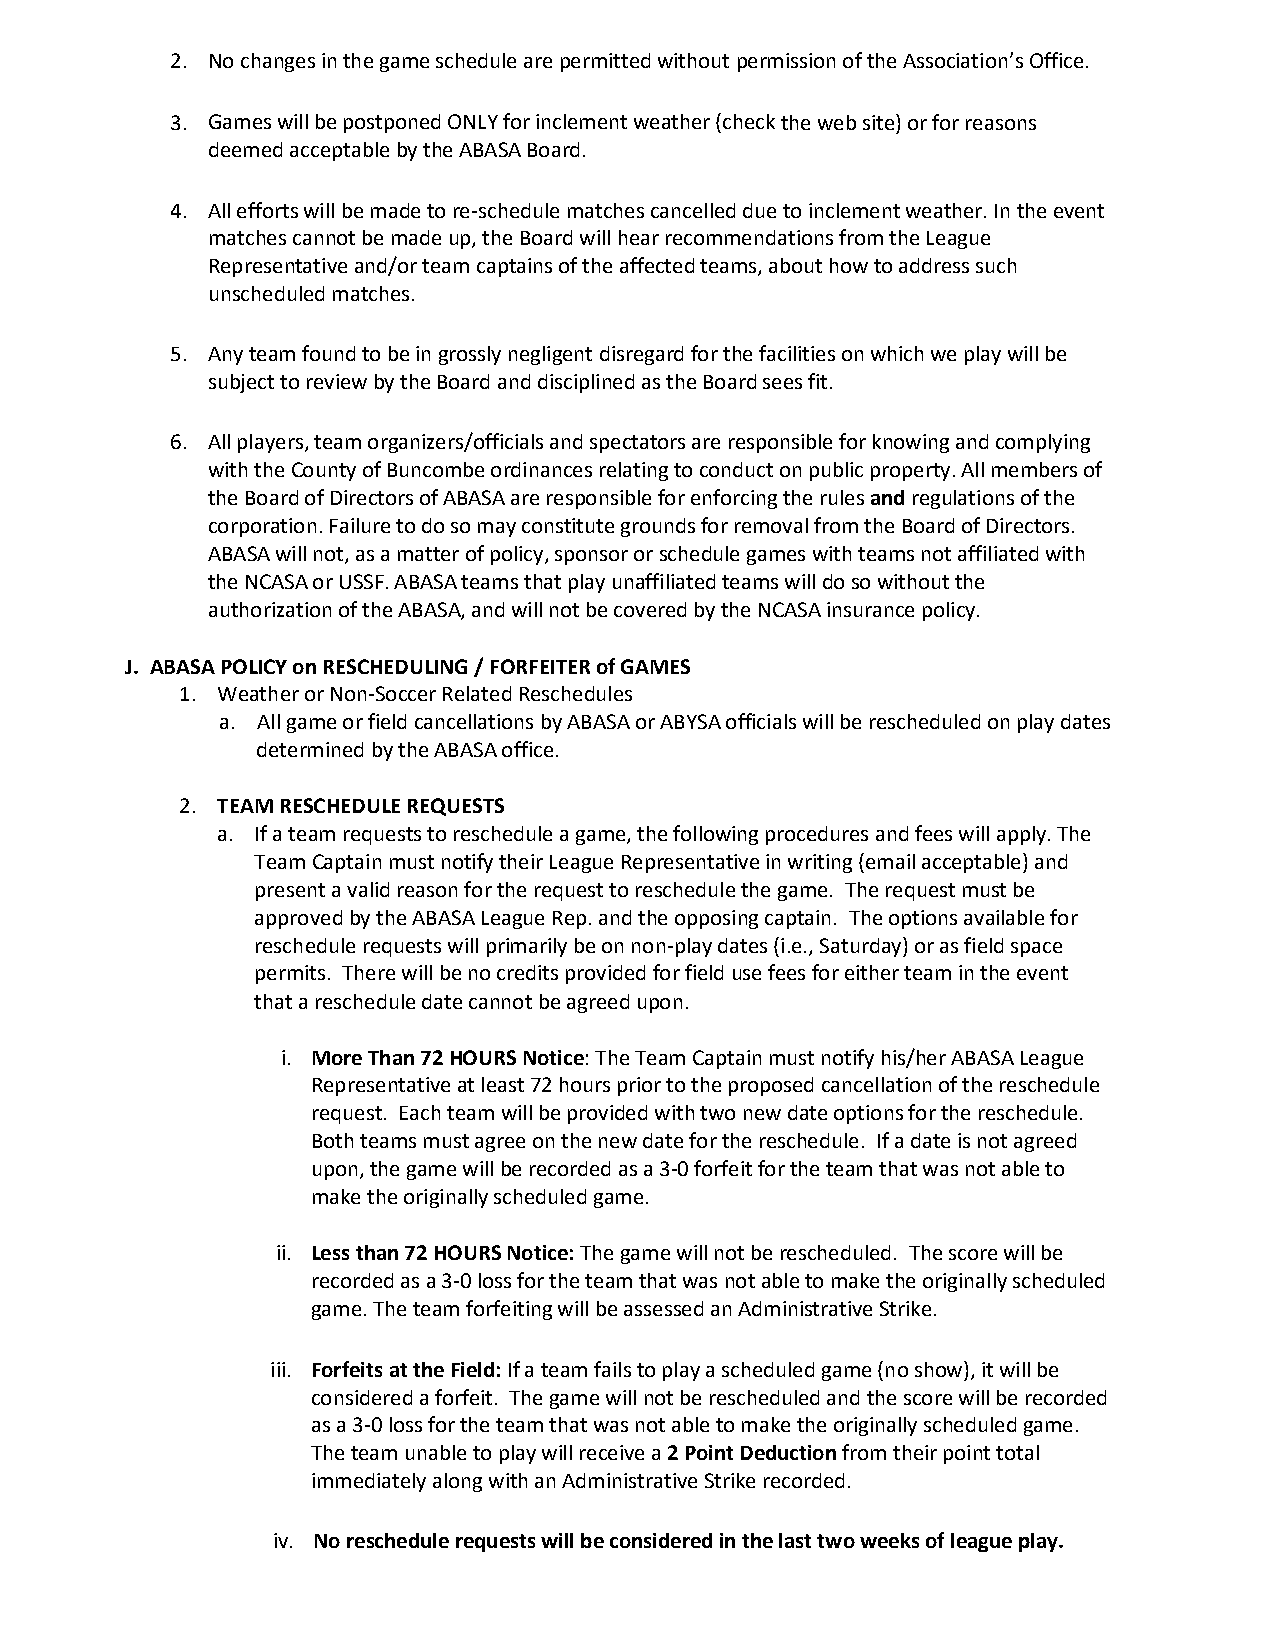
2. No changes in the game schedule are permitted without permission of the Association’s Office.
 3. Games will be postponed ONLY for inclement weather (check the web site) or for reasons
 deemed acceptable by the ABASA Board.
 4. All efforts will be made to re-schedule matches cancelled due to inclement weather. In the event
 matches cannot be made up, the Board will hear recommendations from the League
 Representative and/or team captains of the affected teams, about how to address such
 unscheduled matches.
 5. Any team found to be in grossly negligent disregard for the facilities on which we play will be
 subject to review by the Board and disciplined as the Board sees fit.
 6. All players, team organizers/officials and spectators are responsible for knowing and complying
 with the County of Buncombe ordinances relating to conduct on public property. All members of
 the Board of Directors of ABASA are responsible for enforcing the rules and regulations of the
 corporation. Failure to do so may constitute grounds for removal from the Board of Directors.
 ABASA will not, as a matter of policy, sponsor or schedule games with teams not affiliated with
 the NCASA or USSF. ABASA teams that play unaffiliated teams will do so without the
 authorization of the ABASA, and will not be covered by the NCASA insurance policy.
 J. ABASA POLICY on RESCHEDULING / FORFEITER of GAMES
 1. Weather or Non-Soccer Related Reschedules
 a. All game or field cancellations by ABASA or ABYSA officials will be rescheduled on play dates
 determined by the ABASA office.
 2. TEAM RESCHEDULE REQUESTS
 a. If a team requests to reschedule a game, the following procedures and fees will apply. The
 Team Captain must notify their League Representative in writing (email acceptable) and
 present a valid reason for the request to reschedule the game. The request must be
 approved by the ABASA League Rep. and the opposing captain. The options available for
 reschedule requests will primarily be on non-play dates (i.e., Saturday) or as field space
 permits. There will be no credits provided for field use fees for either team in the event
 that a reschedule date cannot be agreed upon.
 i. More Than 72 HOURS Notice: The Team Captain must notify his/her ABASA League
 Representative at least 72 hours prior to the proposed cancellation of the reschedule
 request. Each team will be provided with two new date options for the reschedule.
 Both teams must agree on the new date for the reschedule. If a date is not agreed
 upon, the game will be recorded as a 3-0 forfeit for the team that was not able to
 make the originally scheduled game.
 ii. Less than 72 HOURS Notice: The game will not be rescheduled. The score will be
 recorded as a 3-0 loss for the team that was not able to make the originally scheduled
 game. The team forfeiting will be assessed an Administrative Strike.
 iii. Forfeits at the Field: If a team fails to play a scheduled game (no show), it will be
 considered a forfeit. The game will not be rescheduled and the score will be recorded
 as a 3-0 loss for the team that was not able to make the originally scheduled game.
 The team unable to play will receive a 2 Point Deduction from their point total
 immediately along with an Administrative Strike recorded.
 iv. No reschedule requests will be considered in the last two weeks of league play.